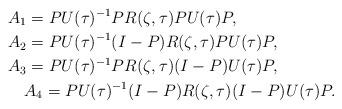
LaTeX: \begin{align*}&A_1=PU(\tau)^{-1}PR(\zeta, \tau)PU(\tau)P,\\&A_2=PU(\tau)^{-1}(I-P)R(\zeta, \tau)PU(\tau)P,\\&A_3=PU(\tau)^{-1}PR(\zeta, \tau)(I-P)U(\tau)P,\\&\quad A_4=PU(\tau)^{-1}(I-P)R(\zeta, \tau)(I-P)U(\tau)P.\end{align*}